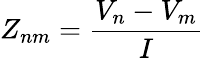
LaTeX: Z_{nm}=\frac{V_{n}-V_{m}}{I}